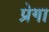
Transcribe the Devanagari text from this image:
प्रेगा